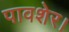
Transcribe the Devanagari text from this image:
पावशेर।